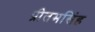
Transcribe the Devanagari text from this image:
प्रीतमसिंह